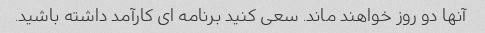
آنها دو روز خواهند ماند. سعی کنید برنامه ای کارآمد داشته باشید.